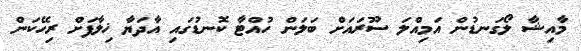
މާއިޝާ ލޯގަނޑުން އަމިއްލަ ސޫރައަށް ބަލަން ހުއްޓާ ކޮނޑުގައި އާދަޔާ ޚިލާފަށް ރިހޭކަން